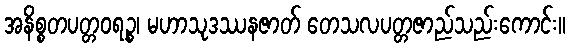
အနိစ္စတပတ္တဝရဉ္စ၊ မဟာသုဒဿနဇာတ် တေသလပတ္တဇာည်သည်းကောင်း။